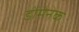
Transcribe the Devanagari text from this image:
डोमेनेक